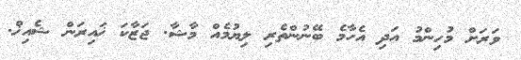
ވަރަށް މުހިންމު އަދި އެހާމެ ބޭނުންތެރި ލިޔުމެއް މާޝާ. ޖަޒާކަ ޚައިރަން ޝެއިޚް.